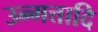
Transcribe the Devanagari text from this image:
उन्मत्तादि